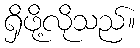
ရှိဖို့လိုသည်။